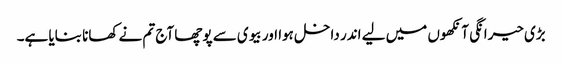
بڑی حیرانگی آنکھوں میں لیے اندر داخل ہوا اور بیوی سے پوچھا آج تم نے کھانا بنایا ہے۔